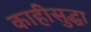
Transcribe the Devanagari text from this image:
काहीसुद्धा